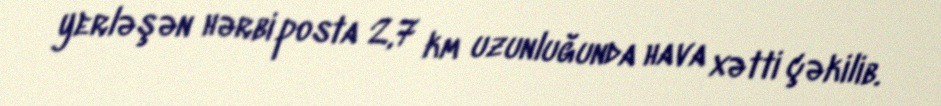
yerləşən hərbi posta 2,7 km uzunluğunda hava xətti çəkilib.